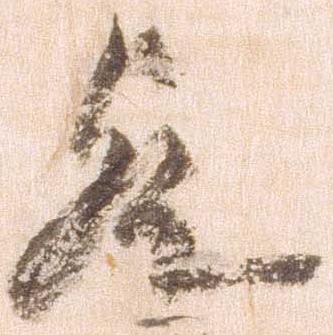
歟